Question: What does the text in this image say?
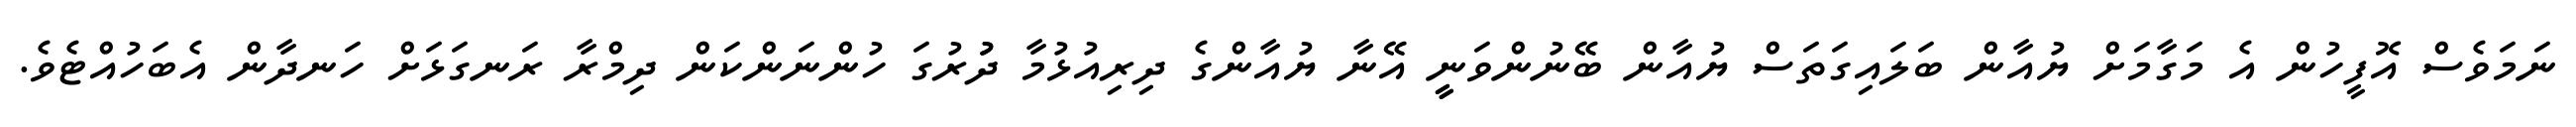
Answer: ނަމަވެސް އޮފީހުން އެ މަގާމަށް ޔުއާން ބަލައިގަތަސް ޔުއާން ބޭނުންވަނީީ އޭނާ ޔުއާންގެ ދިރިއުޅުމާ ދުުރުގަ ހުންނަންކަން ދިމްރާ ރަނގަޅަށް ހަނދާން އެބަހުއްޓެވެ.